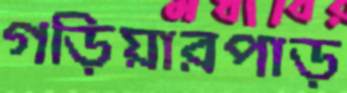
গড়িয়ারপাড়